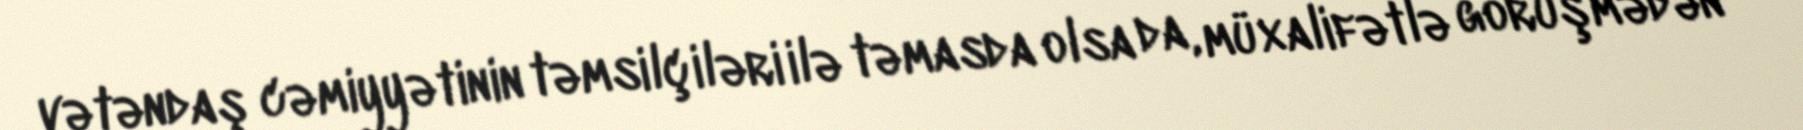
vətəndaş cəmiyyətinin təmsilçiləri ilə təmasda olsa da, müxalifətlə görüşmədən